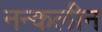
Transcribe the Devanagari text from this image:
नन्कलीन